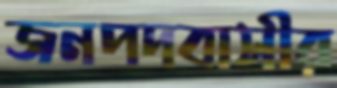
জনপদবাসীর